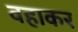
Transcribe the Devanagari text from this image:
वहाकर